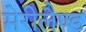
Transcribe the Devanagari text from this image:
मेरीलैण्ड